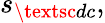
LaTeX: s_{\textsc{dc}},